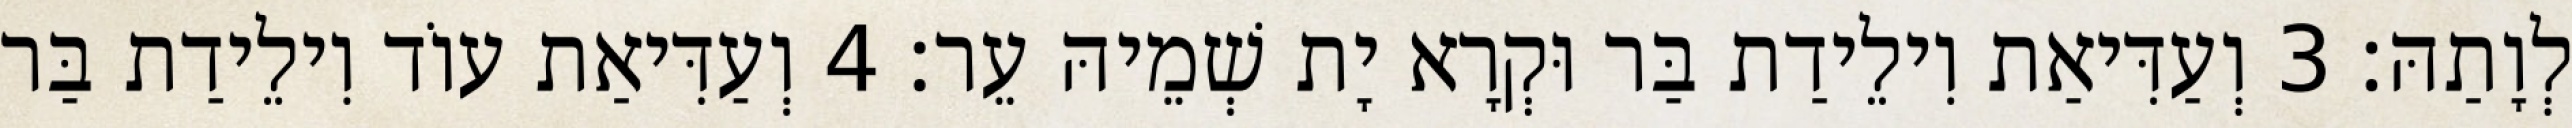
לְוָתַהּ׃ 3 וְעַדִּיאַת וִילֵידַת בַּר וּקְרָא יָת שְׁמֵיהּ עֵר׃ 4 וְעַדִּיאַת עוֹד וִילֵידַת בַּר